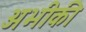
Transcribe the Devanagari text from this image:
अभीकी